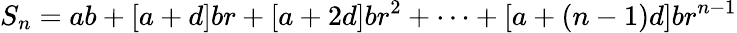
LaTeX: S_{n}=ab+[a+d]br+[a+2d]br^{2}+\cdots+[a+(n-1)d]br^{n-1}